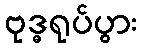
ဗုဒ္ဓရုပ်ပွား